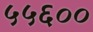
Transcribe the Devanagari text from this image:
५५६००